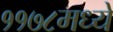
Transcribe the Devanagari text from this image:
११७८मध्ये